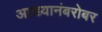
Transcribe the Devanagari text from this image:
आख्यानंबरोबर